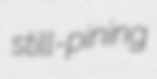
still-pining